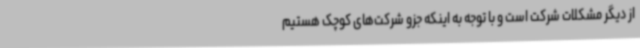
از دیگر مشکلات شرکت است و با توجه به اینکه جزو شرکت‌های کوچک هستیم